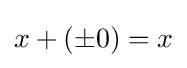
x+(\pm 0)=x\,\!